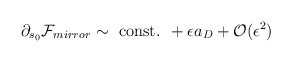
\begin{align*}\partial_{s_0}{\cal F}_{mirror}\sim\mbox{ const. }+\epsilon a_{D} +{\cal O}(\epsilon^2)\end{align*}